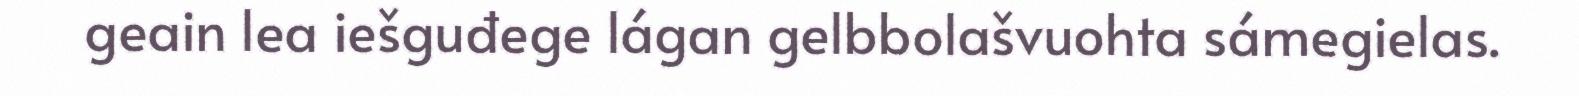
geain lea iešguđege lágan gelbbolašvuohta sámegielas.